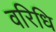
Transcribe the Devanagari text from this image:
वरिधि